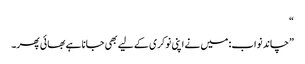
“
”چاند نواب: میں نے اپنی نوکری کے لیے بھی جانا ہے بھائی پھر۔